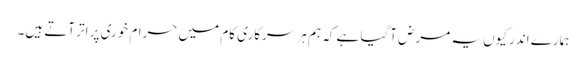
ہمارے اندر کیوں یہ مرض آگیا ہے کہ ہم ہر سرکاری کام میں حرام خوری پر اتر آتے ہیں۔